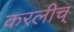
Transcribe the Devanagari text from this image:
करलीच्